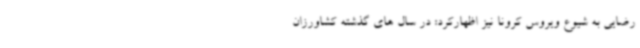
رضایی به شیوع ویروس کرونا نیز اظهارکرد: در سال های گذشته کشاورزان